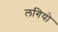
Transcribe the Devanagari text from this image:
लगियो